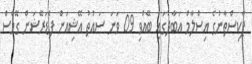
ޕާކިސްތާނުގެ އިސްލާމް އަބާދުގައި ބޭއްވި 09 ވަނަ ސައުތު އޭޝިއަން ފެޑަރޭޝަން ގޭމްސް